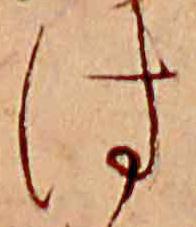
は